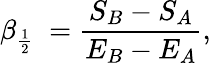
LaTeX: \beta_{{\frac{1}{2}}}\ ={\frac{S_{B}-S_{A}}{E_{B}-E_{A}}},